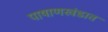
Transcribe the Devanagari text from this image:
पाषाणखंडात